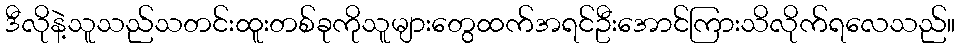
ဒီလိုနဲ့သူသည်သတင်းထူးတစ်ခုကိုသူများတွေထက်အရင်ဦးအောင်ကြားသိလိုက်ရလေသည်။